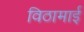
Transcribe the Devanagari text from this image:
विठामाई